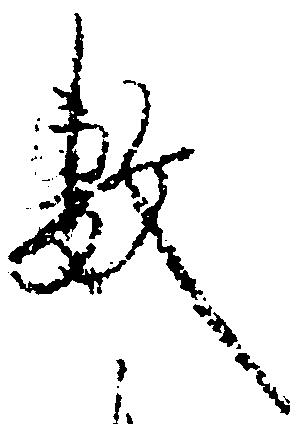
敷